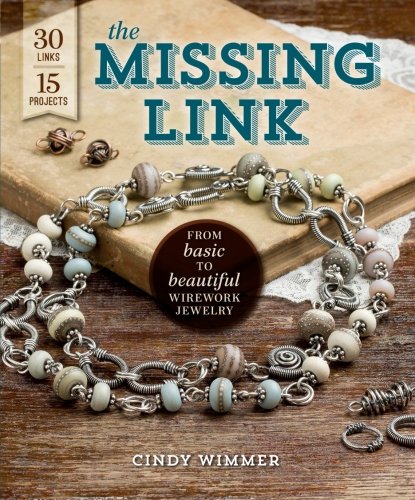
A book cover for The Missing Link: From Basic to Beautiful Wirework Jewelry; Cindy Wimmer; Crafts, Hobbies & Home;